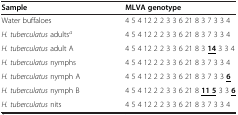
<table><thead><tr><td><b>Sample</b></td><td><b>MLVA genotype</b></td></tr></thead><tbody><tr><td>Water buffaloes</td><td>4 5 4 12 2 2 3 3 6 21 8 3 7 3 3 4</td></tr><tr><td><i>H. tuberculatus</i> adults<sup><i>a</i></sup></td><td>4 5 4 12 2 2 3 3 6 21 8 3 7 3 3 4</td></tr><tr><td><i>H. tuberculatus</i> adult A</td><td>4 5 4 12 2 2 3 3 6 21 8 3 <b><underline>14</underline></b> 3 3 4</td></tr><tr><td><i>H. tuberculatus</i> nymphs</td><td>4 5 4 12 2 2 3 3 6 21 8 3 7 3 3 4</td></tr><tr><td><i>H. tuberculatus</i> nymph A</td><td>4 5 4 12 2 2 3 3 6 21 8 3 7 3 3 <b><underline>6</underline></b></td></tr><tr><td><i>H. tuberculatus</i> nymph B</td><td>4 5 4 12 2 2 3 3 6 21 8 <b><underline>11 5</underline></b> 3 3 <b><underline>6</underline></b></td></tr><tr><td><i>H. tuberculatus</i> nits</td><td>4 5 4 12 2 2 3 3 6 21 8 3 7 3 3 4</td></tr></tbody></table>